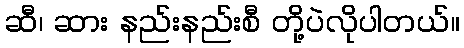
ဆီ၊ ဆား နည်းနည်းစီ တို့ပဲလိုပါတယ်။